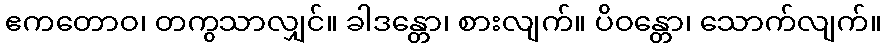
ဧကတောဝ၊ တကွသာလျှင်။ ခါဒန္တော၊ စားလျက်။ ပိဝန္တော၊ သောက်လျက်။